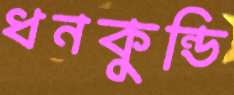
ধনকুন্ডি